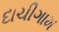
દાચીગામ